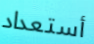
أستعداد